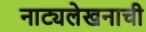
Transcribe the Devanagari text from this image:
नाट्यलेखनाची